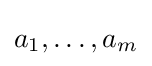
a_{1},\ldots ,a_{m}